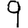
Digit: 9